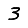
Digit: 3